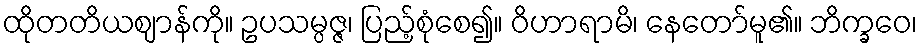
ထိုတတိယဈာန်ကို။ ဥပသမ္ပဇ္ဇ၊ ပြည့်စုံစေ၍။ ဝိဟာရာမိ၊ နေတော်မူ၏။ ဘိက္ခဝေ၊